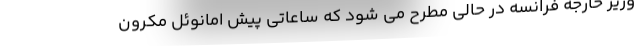
وزیر خارجه فرانسه در حالی مطرح می شود که ساعاتی پیش امانوئل مکرون